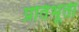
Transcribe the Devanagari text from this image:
प्रतिभूती